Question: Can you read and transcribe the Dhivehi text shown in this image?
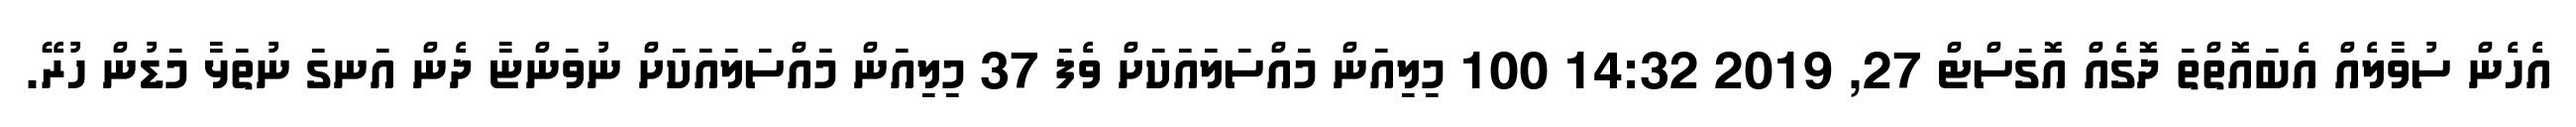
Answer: އެހެން ސުވާލެއް އެބައޮތްތަ ދޮގެއް އޮގަސްޓް 27, 2019 14:32 100 މިލިއަން މައްސަލައަކަށް ވެފަ 37 މިލިއަން މައްސަލައަކަށް ނުވަންޏާ ދެން އަނގަ ނުތަޅާ މަޑުން ހުރޭ.